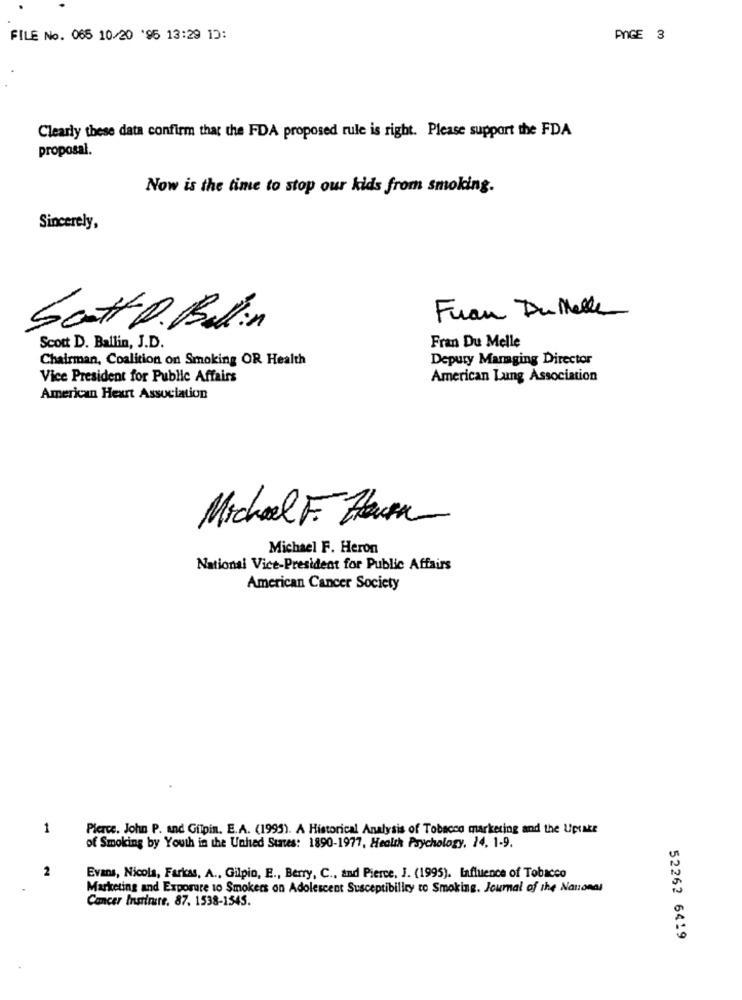
FILE No. 065 10/20 '95 13:29 1D:
PIGE 3
Clearly these data confirm that the FDA proposed rule is right. Please support the FDA
proposal.
Now is the time to stop our kids from smoking.
Sincerely,
Fuan Dullelle
Scott D. Ballin
Scott D. Ballin, J.D.
Fran Du Melle
Chairman, Coalition on Smoking OR Health
Depury Marmging Director
Vice President for Public Affairs
American Lung Association
American Heart Association
Michael F. Haum
Michael F. Heron
National Vice-President for Public Affairs
American Cancer Society
1
Pierce. John P. and Gilpin. E.A. (1995). A Historical Analysis of Tobacco marketing and the Uptake
of Smoking by Youth in the Unhed States: 1890-1977, Health Psychology, 14, 1-9.
2
Evans, Nicola, Farkas, A ., Gilpio, E ., Berry, C ., and Pierce, J. (1995). Influence of Tobacco
Marketing and Exposure to Smokers on Adolescent Susceptibility to Smoking. Journal of the National
Cancer Insimre. 87. 1538-1545.
52262 6419